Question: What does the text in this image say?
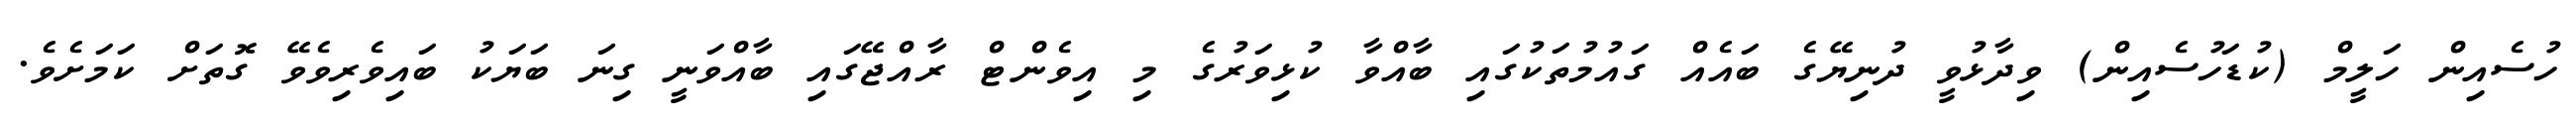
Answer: ހުސެއިން ހަލީމް (ކުޑަހުސެއިން) ވިދާޅުވީ ދުނިޔޭގެ ބައެއް ގައުމުތަކުގައި ބާއްވާ ކުޅިވަރުގެ މި އިވެންޓް ރާއްޖޭގައި ބާއްވަނީ ގިނަ ބަޔަކު ބައިވެރިވެވޭ ގޮތަށް ކަމަށެވެ.